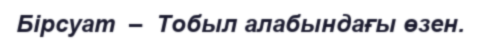
Бірсуат  –  Тобыл алабындағы өзен.